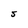
Character: S